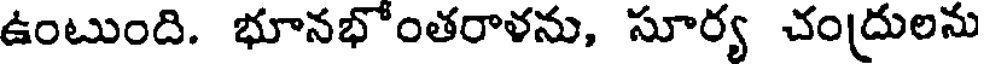
ఉంటుంది. భూనభోంతరాళను, సూర్య చంద్రులను